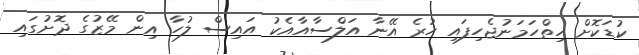
ކުޑަކޮށް ހިތްހަމަނުޖެހިފައި ހުރެ އޭނާ އަލްސާއާއެކު އައިސް ލުހާ އިން މޭޒުގެ ދޮށުގައި